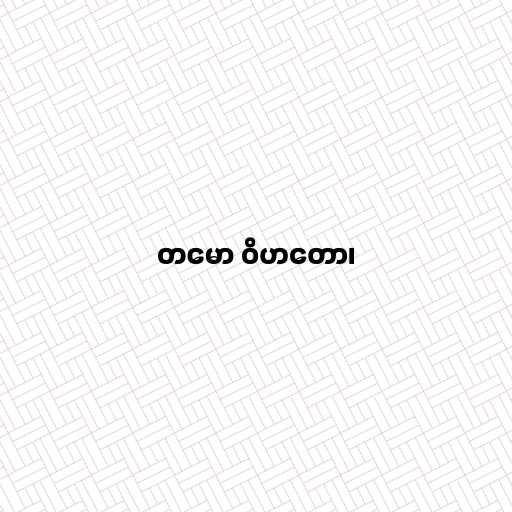
တမော ဝိဟတော၊